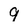
Character: 9